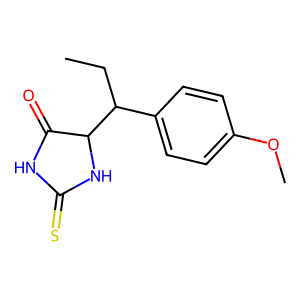
SMILES: CCC(c1ccc(OC)cc1)C1NC(=S)NC1=O
Inhibits HIV replication: No